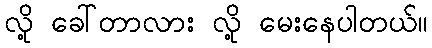
လို့ ခေါ်တာလား လို့ မေးနေပါတယ်။